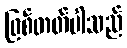
ဖြစ်တတ်ပါသည်